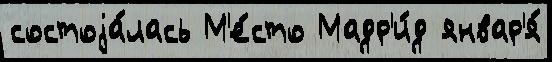
состоjа́лась М'е́сто Мадр'и́д январ'я́